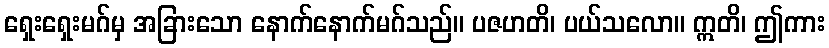
ရှေးရှေးမဂ်မှ အခြားသော နောက်နောက်မဂ်သည်။ ပဇဟတိ၊ ပယ်သလော။ ဣတိ၊ ဤကား